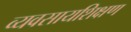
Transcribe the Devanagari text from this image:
व्यवसायशिक्षण